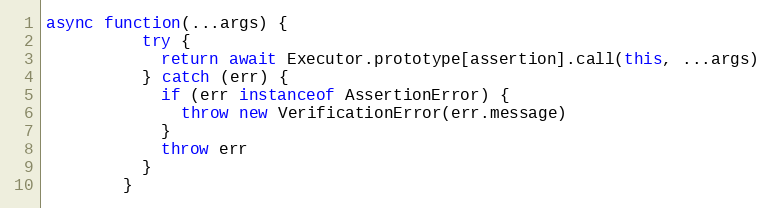
Language: JavaScript
async function(...args) {
          try {
            return await Executor.prototype[assertion].call(this, ...args)
          } catch (err) {
            if (err instanceof AssertionError) {
              throw new VerificationError(err.message)
            }
            throw err
          }
        }